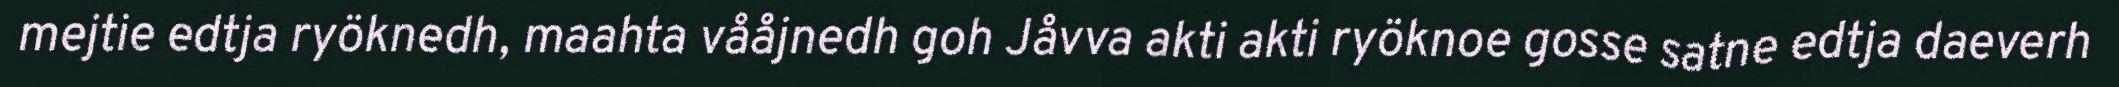
mejtie edtja ryöknedh, maahta vååjnedh goh Jåvva akti akti ryöknoe gosse satne edtja daeverh